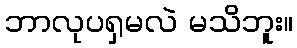
ဘာလုပရှမလဲ မသိဘူး။